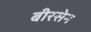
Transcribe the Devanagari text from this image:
बीरसेन